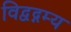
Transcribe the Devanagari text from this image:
विद्वद्गम्य